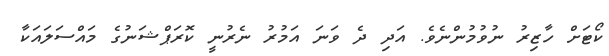
ކޯޓަށް ހާޒިރު ނުވުމުންނެވެ. އަދި ދެ ވަނަ އަމުރު ނެރުނީ ކޮރަޕްޝަނުގެ މައްސަލައަކާ